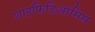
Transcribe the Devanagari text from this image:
शाइफिडिऑसिस